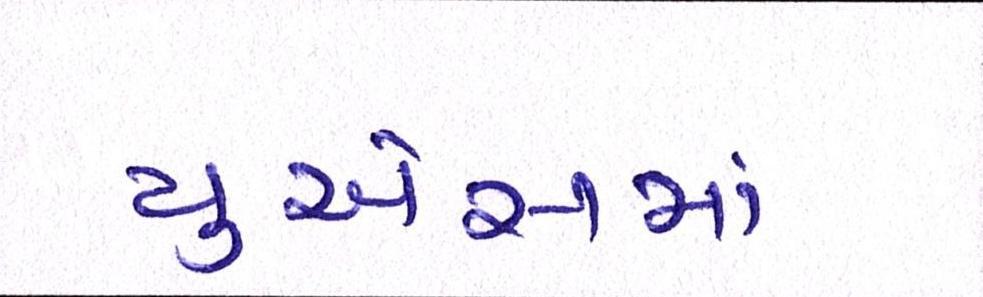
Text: યુએસમાં